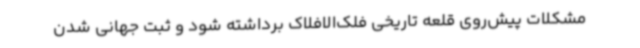
مشکلات پیش‌روی قلعه تاریخی فلک‌الافلاک برداشته شود و ثبت جهانی شدن